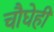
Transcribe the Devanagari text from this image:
चौघेही